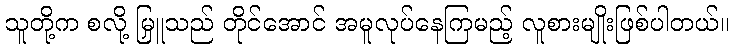
သူတို့က စလို့ မြှူသည် တိုင်အောင် အမူလုပ်နေကြမည့် လူစားမျိုးဖြစ်ပါတယ်။